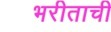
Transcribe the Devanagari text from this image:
भरीताची